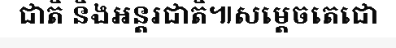
ជាតិ និងអន្តរជាតិ៕សម្តេចតេជោ